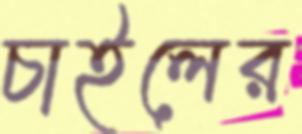
চাইলের